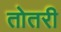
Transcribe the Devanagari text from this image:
तोतरी